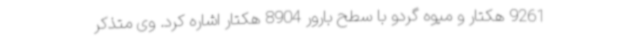
9261 هکتار و میوه گردو با سطح بارور 8904 هکتار اشاره کرد. وی متذکر